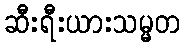
ဆီးရီးယားသမ္မတ